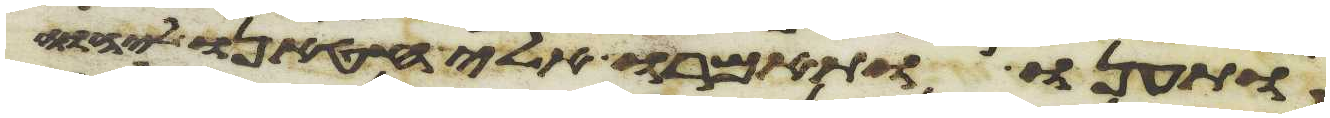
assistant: ותענו ותאמרו אלי חטאנו ליהוה